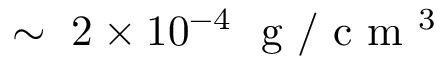
\sim ~ 2 \times 1 0 ^ { - 4 } ~ \mathrm { ~ g ~ } / \mathrm { ~ c ~ m ~ } ^ { 3 }